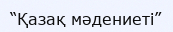
“Қазақ мәдениеті”